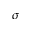
\sigma